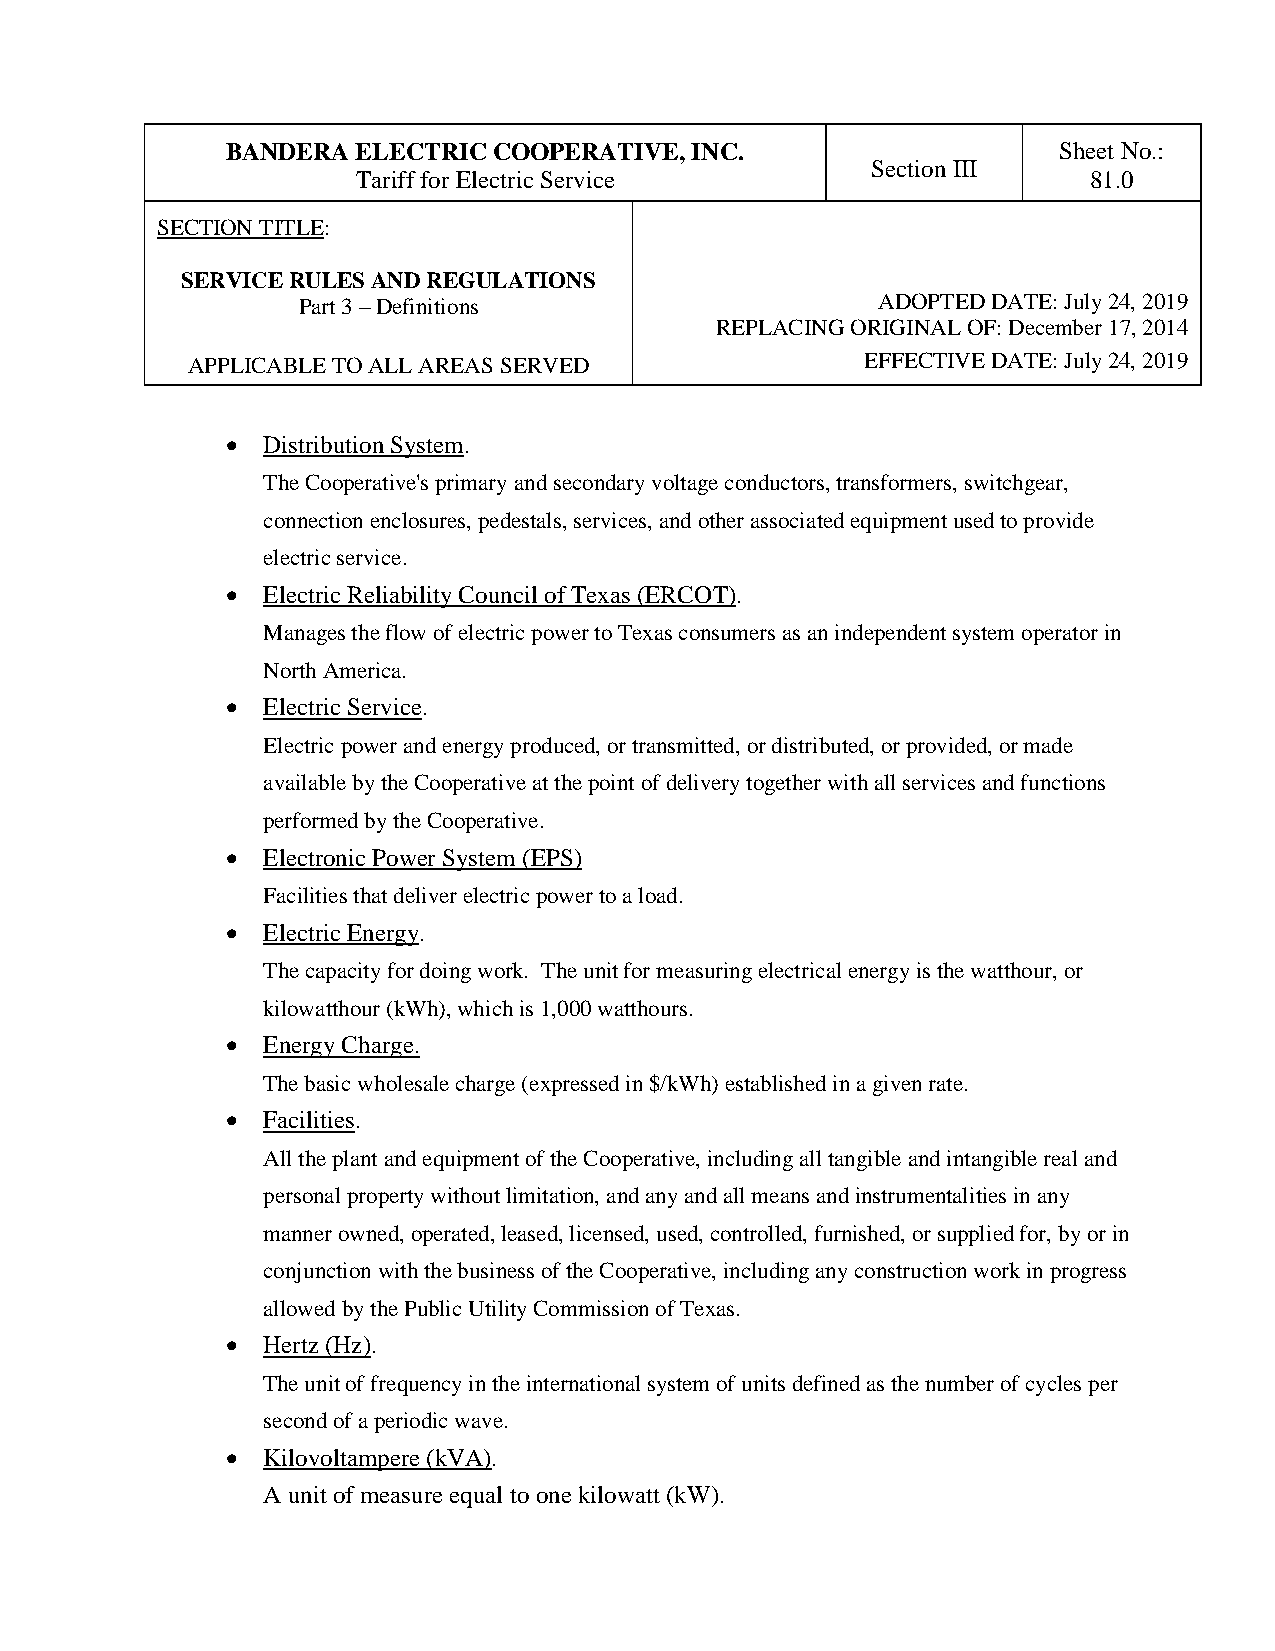
BANDERA  ELECTRIC COOPERATIVE, INC.                    Sheet No.:
 Section III
 Tariff for Electric Service                     81.0
 SECTION TITLE:
 SERVICE RULES AND REGULATIONS
 Part 3 – Definitions                  ADOPTED DATE: July 24, 2019
 REPLACING ORIGINAL OF: December 17, 2014
 APPLICABLE TO ALL AREAS SERVED               EFFECTIVE DATE: July 24, 2019
 • Distribution System.
 The Cooperative's primary and secondary voltage conductors, transformers, switchgear,
 connection enclosures, pedestals, services, and other associated equipment used to provide
 electric service.
 • Electric Reliability Council of Texas (ERCOT).
 Manages the flow of electric power to Texas consumers as an independent system operator in
 North America.
 • Electric Service.
 Electric power and energy produced, or transmitted, or distributed, or provided, or made
 available by the Cooperative at the point of delivery together with all services and functions
 performed by the Cooperative.
 • Electronic Power System (EPS)
 Facilities that deliver electric power to a load.
 • Electric Energy.
 The capacity for doing work. The unit for measuring electrical energy is the watthour, or
 kilowatthour (kWh), which is 1,000 watthours.
 • Energy Charge.
 The basic wholesale charge (expressed in $/kWh) established in a given rate.
 • Facilities.
 All the plant and equipment of the Cooperative, including all tangible and intangible real and
 personal property without limitation, and any and all means and instrumentalities in any
 manner owned, operated, leased, licensed, used, controlled, furnished, or supplied for, by or in
 conjunction with the business of the Cooperative, including any construction work in progress
 allowed by the Public Utility Commission of Texas.
 • Hertz (Hz).
 The unit of frequency in the international system of units defined as the number of cycles per
 second of a periodic wave.
 • Kilovoltampere (kVA).
 A unit of measure equal to one kilowatt (kW).